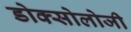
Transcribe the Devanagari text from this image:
डोक्सोलोजी